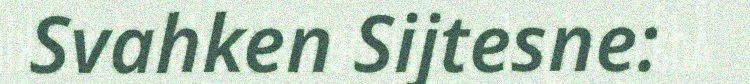
Svahken Sijtesne: